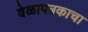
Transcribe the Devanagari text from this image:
वेळापत्रकाचा